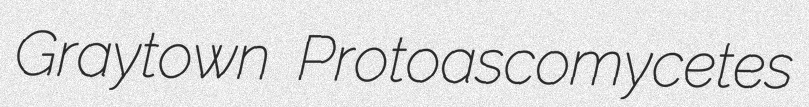
Graytown Protoascomycetes